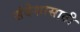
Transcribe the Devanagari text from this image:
संदेशासाठी